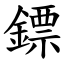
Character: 鏢